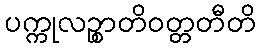
ပက္ကုလဉ္စာတိဝတ္တတီတိ